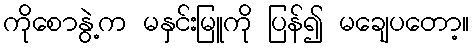
ကိုစောနွဲ့က မနှင်းမြူကို ပြန်၍ မချေပတော့။